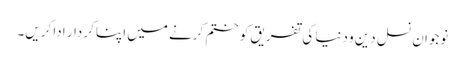
نوجوان نسل دین و دنیا کی تفریق کو ختم کرنے میں اپنا کردار ادا کریں۔